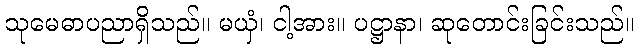
သုမေဓာပညာရှိသည်။ မယှံ၊ ငါ့အား။ ပဋ္ဌာနာ၊ ဆုတောင်းခြင်းသည်။